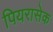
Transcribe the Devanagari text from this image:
पियरासेक